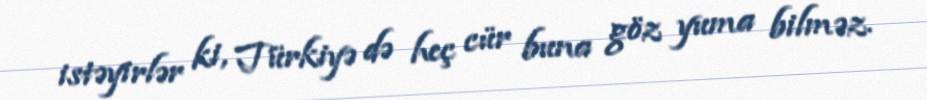
istəyirlər ki, Türkiyə də heç cür buna göz yuma bilməz.